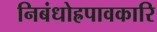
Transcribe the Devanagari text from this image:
निबंधोह्रपावकारि